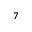
_ { 7 }